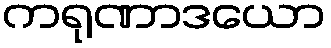
ကရုဏာဒယော